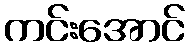
ကင်းအောင်